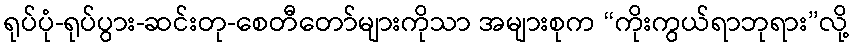
ရုပ်ပုံ-ရုပ်ပွား-ဆင်းတု-စေတီတော်များကိုသာ အများစုက “ကိုးကွယ်ရာဘုရား”လို့